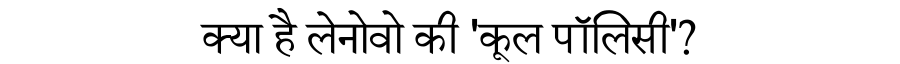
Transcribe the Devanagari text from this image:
क्या है लेनोवो की 'कूल पॉलिसी'?